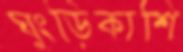
ঘুংড়িকাশি